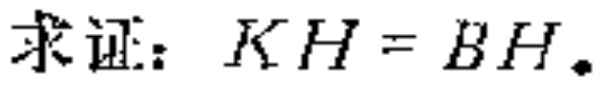
求证：\(KH = BH\)。